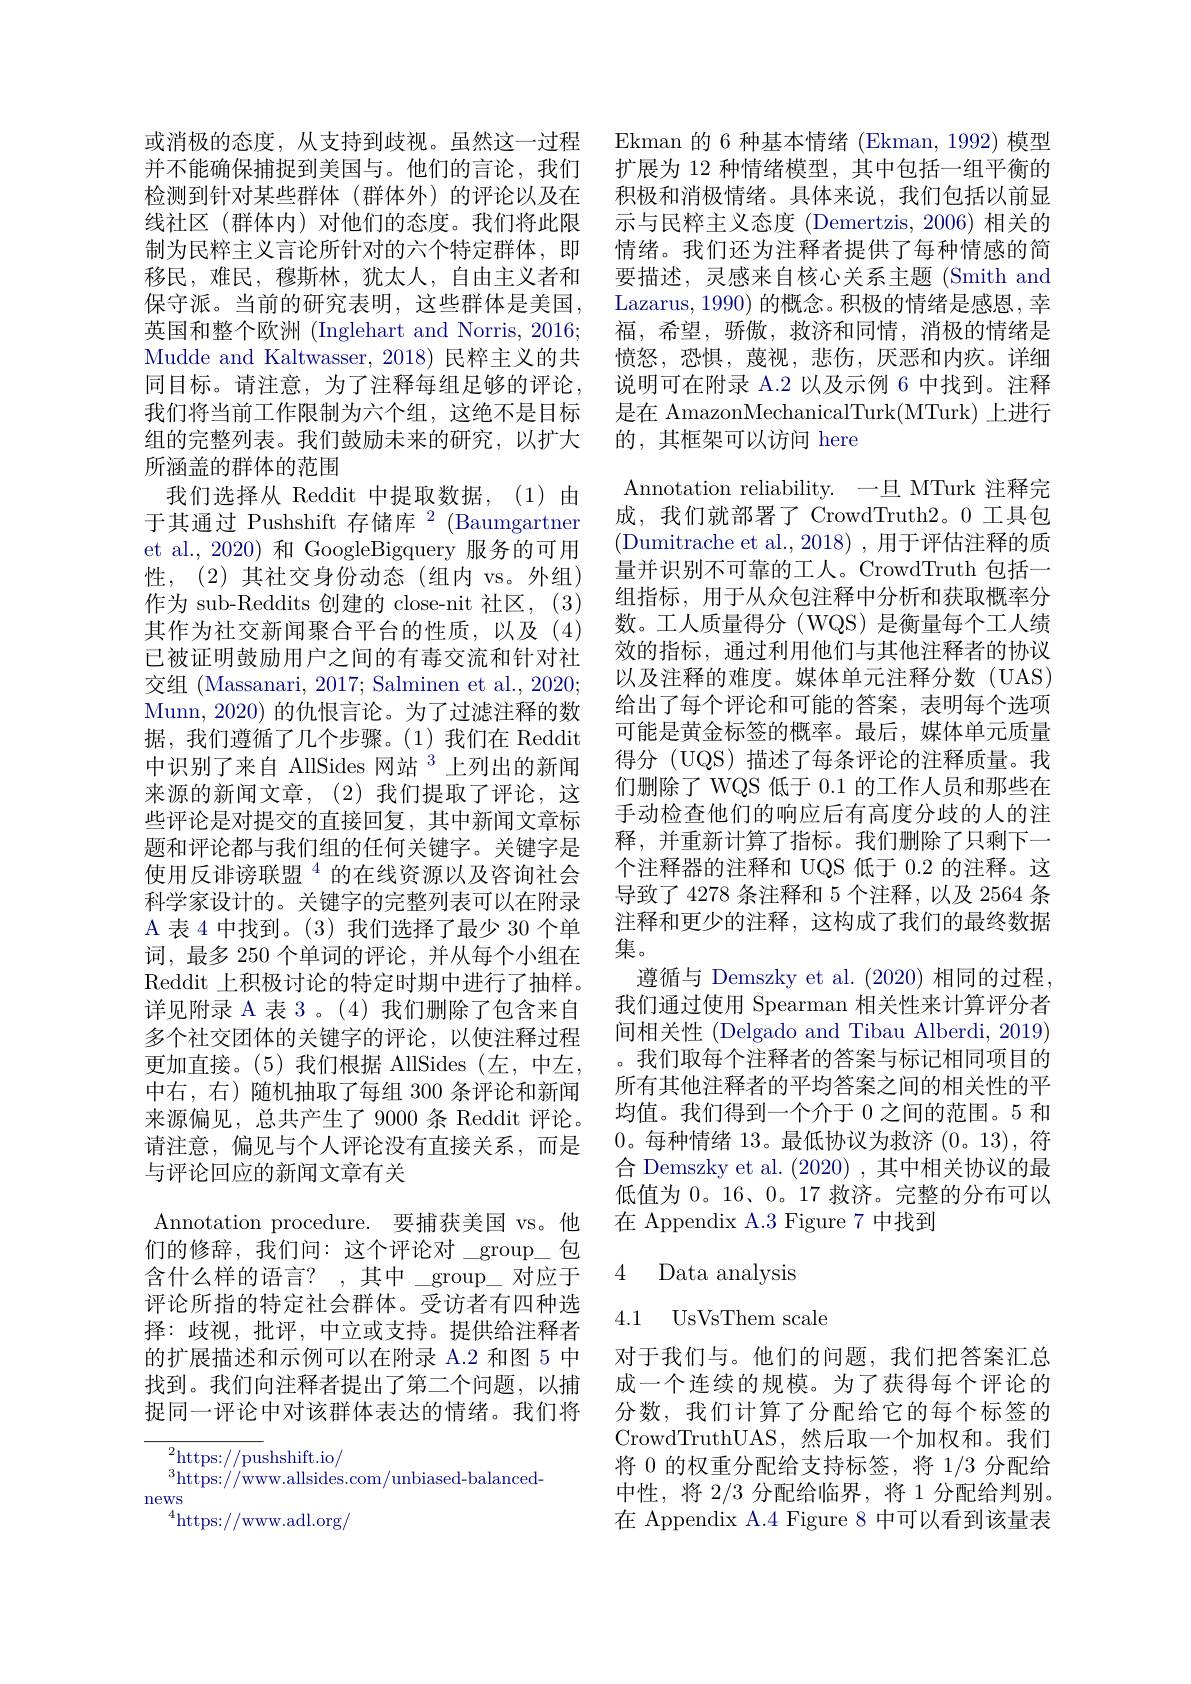
保守派。当前的研究表明，这些群体是美国， 英国和整个欧洲 (Inglehart and Norris, 2016; Mudde and Kaltwasser, 2018) 民粹主义的共同目标。请注意，为了注释每组足够的评论， 我们将当前工作限制为六个组，这绝不是目标组的完整列表。我们鼓励未来的研究，以扩大所涵盖的群体的范围
我们选择从 Reddit 中提取数据，(1)由于其通过 Pushshift 存储库$^2$ (Baumgartner et al.,2020)和 GoogleBigquery 服务的可用性，(2)其社交身份动态(组内 vs。外组) 作为 sub-Reddits 创建的 close-nit 社区，(3) 其作为社交新闻聚合平台的性质，以及(4) 已被证明鼓励用户之间的有毒交流和针对社交组 (Massanari, 2017; Salminen et al., 2020; Munn, 2020) 的仇恨言论。为了过滤注释的数据，我们遵循了几个步骤。(1)我们在 Reddit 中识别了来自 AllSides 网站$^{3}$上列出的新闻来源的新闻文章，(2)我们提取了评论，这些评论是对提交的直接回复，其中新闻文章标题和评论都与我们组的任何关键字。关键字是使用反诽谤联盟$^{4}$的在线资源以及咨询社会科学家设计的。关键字的完整列表可以在附录A 表 4 中找到。(3) 我们选择了最少 30 个单词，最多 250 个单词的评论，并从每个小组在Reddit 上积极讨论的特定时期中进行了抽样。详见附录 A 表 3 。(4) 我们删除了包含来自多个社交团体的关键字的评论，以使注释过程更加直接。(5)我们根据 AllSides (左，中左， 中右，右)随机抽取了每组 300 条评论和新闻来源偏见，总共产生了9000 条 Reddit 评论。请注意，偏见与个人评论没有直接关系，而是与评论回应的新闻文章有关
Annotation procedure. 要捕获美国 vs。他们的修辞，我们问：这个评论对 group\_包含什么样的语言？, 其中$\_$g$roup\_$对应于评论所指的特定社会群体。受访者有四种选择：歧视，批评，中立或支持。提供给注释者的扩展描述和示例可以在附录 A.2 和图 5 中找到。我们向注释者提出了第二个问题，以捕捉同一评论中对该群体表达的情绪。我们将
$^{2}$https://pushshift.io/

$^{3}$https://www.allsides.com/unbiased-balanced-
news
$^{4}$https://www.adl.org/

或消极的态度，从支持到歧视。虽然这一过程 Ekman 的 6 种基本情绪 (Ekman, 1992) 模型并不能确保捕捉到美国与。他们的言论，我们 扩展为 12 种情绪模型，其中包括一组平衡的检测到针对某些群体 (群体外)的评论以及在 积极和消极情绪。具体来说，我们包括以前显线社区 (群体内) 对他们的态度。我们将此限 示与民粹主义态度 (Demertzis,2006)相关的制为民粹主义言论所针对的六个特定群体，即 情绪。我们还为注释者提供了每种情感的简移民，难民，穆斯林，犹太人，自由主义者和 要描述，灵感来自核心关系主题 (Smith and
Lazarus, 1990) 的概念。积极的情绪是感恩，幸福，希望，骄傲，救济和同情，消极的情绪是愤怒，恐惧，蔑视，悲伤，厌恶和内疚。详细说明可在附录 A.2 以及示例 6 中找到。注释${\text{是在 AmazonMechanicalTurk(MTurk)上进行}}$ 的，其框架可以访问 here
Annotation reliability. 一旦 MTurk 注释完成，我们就部署了 CrowdTruth2。0 工具包(Dumitrache et al.,2018),用于评估注释的质量并识别不可靠的工人。CrowdTruth 包括一组指标，用于从众包注释中分析和获取概率分数。工人质量得分(WQS)是衡量每个工人绩效的指标，通过利用他们与其他注释者的协议以及注释的难度。媒体单元注释分数(UAS) 给出了每个评论和可能的答案，表明每个选项可能是黄金标签的概率。最后，媒体单元质量得分 (UQS) 描述了每条评论的注释质量。我们删除了 WQS 低于 0.1 的工作人员和那些在手动检查他们的响应后有高度分歧的人的注释，并重新计算了指标。我们删除了只剩下一个注释器的注释和 UQS 低于 0.2 的注释。这导致了 4278 条注释和 5 个注释，以及 2564 条注释和更少的注释，这构成了我们的最终数据集。
遵循与 Demszky et al. (2020) 相同的过程， 我们通过使用 Spearman 相关性来计算评分者间相关性 (Delgado and Tibau Alberdi, 2019) 我们取每个注释者的答案与标记相同项目的所有其他注释者的平均答案之间的相关性的平均值。我们得到一个介于0之间的范围。5 和0。每种情绪 13。最低协议为救济 (0。13),符合 Demszky et al. (2020) ,其中相关协议的最低值为 0。16、0。17 救济。完整的分布可以在 Appendix A.3 Figure 7 中找到
4 Data analysis

## 4.1 UsVsThem scale

对于我们与。他们的问题，我们把答案汇总成一个连续的规模。为了获得每个评论的分数，我们计算了分配给它的每个标签的CrowdTruthUAS,然后取一个加权和。我们将 0 的权重分配给支持标签，将 1/3 分配给中性，将2/3分配给临界，将 1 分配给判别。在 Appendix A.4 Figure 8 中可以看到该量表